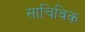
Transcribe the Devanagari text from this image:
साचिविक